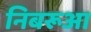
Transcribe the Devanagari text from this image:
निबरूआ